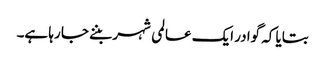
بتایا کہ گوادر ایک عالمی شہر بننے جا رہا ہے۔